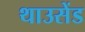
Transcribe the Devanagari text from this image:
थाउसेंड